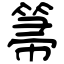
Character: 箒